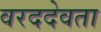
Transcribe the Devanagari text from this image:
वरददेवता